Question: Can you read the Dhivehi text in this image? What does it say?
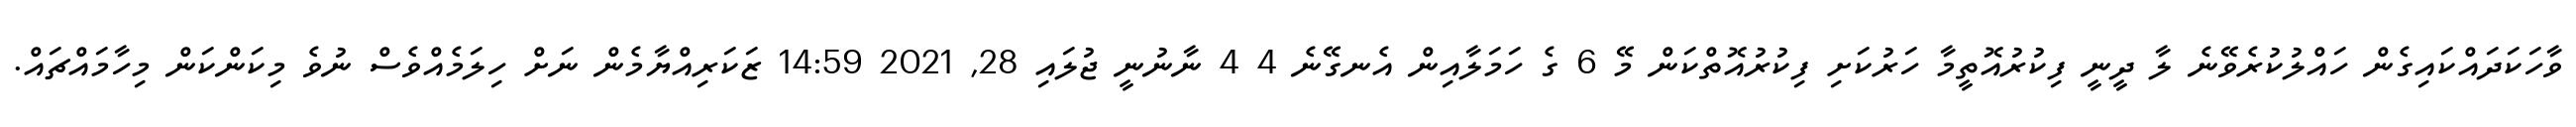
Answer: ވާހަކަދައްކައިގެން ހައްލުކުރެވޭނެ ލާ ދީނީ ފިކުރުއޮތީމާ ހަރުކަށި ފިކުރުއޮތްކަން މޭ 6 ގެ ހަމަލާއިން އެނގޭނެ 4 4 ނާނުނީ ޖުލައި 28, 2021 14:59 ޒަކަރިއްޔާމެން ނަށް ހިލަމެއްވެސް ނުވެ މިކަންކަން މިހާމައްޗައް.